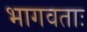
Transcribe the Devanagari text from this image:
भागवताः